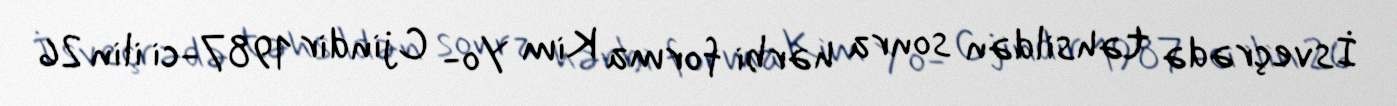
İsveçrədə təhsildən sonra hərbi forma Kim Yo- Cjindir 1987-ci ilin 26